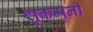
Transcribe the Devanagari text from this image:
शुकमुनी